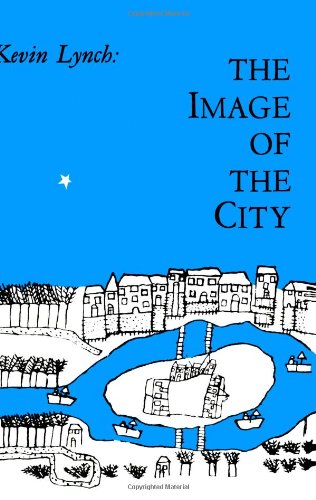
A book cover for The Image of the City (Harvard-MIT Joint Center for Urban Studies Series); Kevin Lynch; Arts & Photography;